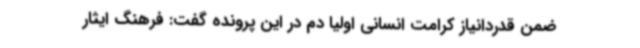
ضمن قدردانیاز کرامت انسانی اولیا دم در این پرونده گفت: فرهنگ ایثار